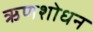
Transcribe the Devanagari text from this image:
ऋणशोधन